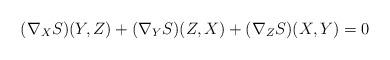
LaTeX: \begin{align*}(\nabla_X S)(Y,Z) + (\nabla_Y S)(Z,X) + (\nabla_Z S)(X,Y) = 0\end{align*}